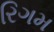
રિગમ